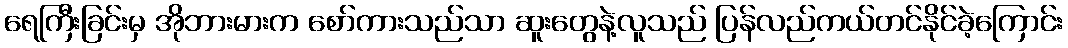
ရေကြီးခြင်းမှ အိုဘားမားက စော်ကားသည်သာ ဆူးတွေနဲ့လူသည် ပြန်လည်ကယ်တင်နိုင်ခဲ့ကြောင်း